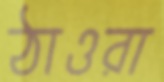
ঠাওরা